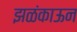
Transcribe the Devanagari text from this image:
झळंकाऊन